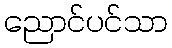
ညောင်ပင်သာ